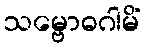
သမ္ဗောဓဂါမိံ